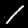
Digit: 1